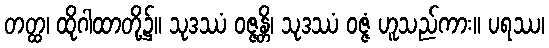
တတ္ထ၊ ထိုဂါထာတို့၌။ သုဒဿံ ဝဇ္ဇန္တိ၊ သုဒဿံ ဝဇ္ဇံ ဟူသည်ကား။ ပရဿ၊